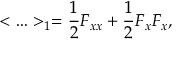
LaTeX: < \ldots > _ { 1 } = { \frac { 1 } { 2 } } F _ { x x } + { \frac { 1 } { 2 } } F _ { x } F _ { x } ,